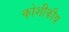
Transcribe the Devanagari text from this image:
कोशीकीय